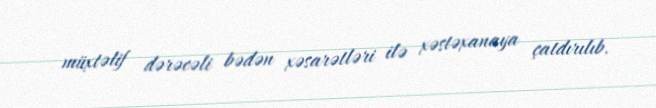
müxtəlif dərəcəli bədən xəsarətləri ilə xəstəxanaya çatdırılıb.